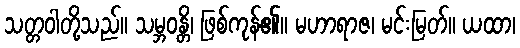
သတ္တဝါတို့သည်။ သမ္ဘဝန္တိ၊ ဖြစ်ကုန်၏။ မဟာရာဇ၊ မင်းမြတ်။ ယထာ၊